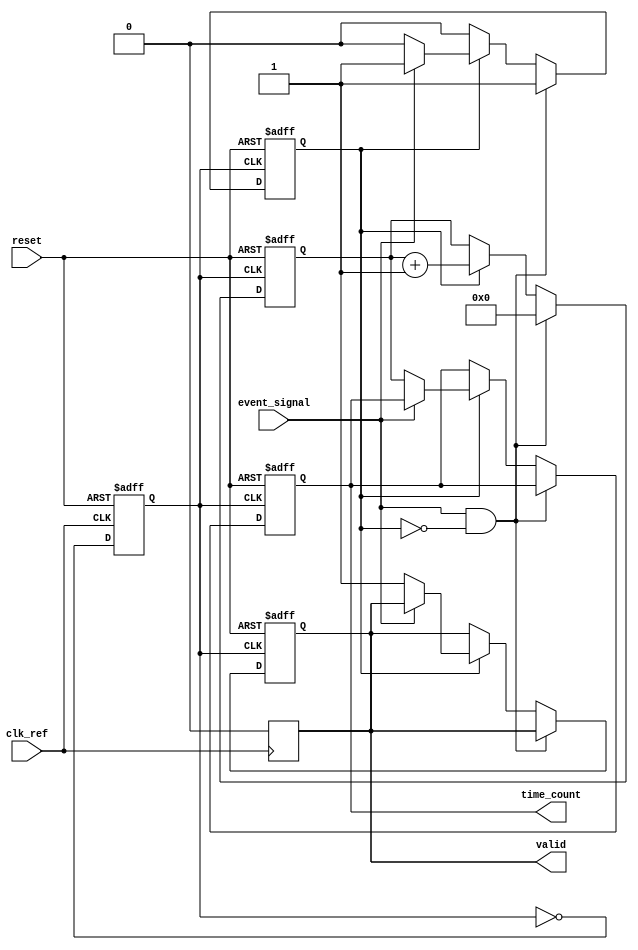
module tdc_with_pll(
    input wire clk_ref,           // Reference Clock
    input wire event_signal,      // Input signal to measure
    input wire reset,             // Asynchronous reset
    output reg [31:0] time_count, // Measured time count
    output reg valid              // Valid measurement flag
);

// Signal conditioning (not implemented for simplification)
wire clean_event_signal; // Ideally it should be filtered and conditioned

// PLL (Phase Locked Loop) behavior simulation
// Usually, PLL would be instantiated here and connected
// For this example, we will simulate it

reg vco_clk; // Clock output of VCO, derived from reference clock

// PLL Simulation: In a real-world scenario, we would use PLL primitives
always @(posedge clk_ref or posedge reset) begin
    if (reset) begin
        vco_clk <= 0;
    end else begin
        vco_clk <= ~vco_clk; // Simple toggle for demonstration purposes
    end
end

// Time Measurement Logic: Counter for time intervals
reg counting;
reg [31:0] count;

always @(posedge vco_clk or posedge reset) begin
    if (reset) begin
        count <= 0;
        time_count <= 0;
        valid <= 0;
        counting <= 0;
    end else begin
        if (event_signal && !counting) begin
            counting <= 1; // Start counting
            count <= 0;    // Reset count
        end else if (counting) begin
            count <= count + 1; // Count cycles
            if (~event_signal) begin // Stop event detected
                counting <= 0; // Stop counting
                time_count <= count; // Capture count
                valid <= 1;   // Indicate valid measurement
            end
        end
    end
end

// Output Reset logic
always @(posedge clk_ref) begin
    if (valid) begin
        valid <= 0; // Reset valid flag after readout
    end
end

endmodule